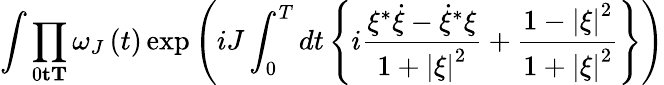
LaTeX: \int{\prod_{0\le t\le T}{\omega_{J}\left(t\right)}\exp\left({iJ\int_{0}^{T}{dt\left\{ {i{\frac{\xi^{*}\dot{\xi}-{\dot{\xi}}^{*}\xi}{1+\left|\xi\right|^{2}}}+{\frac{1-\left|\xi\right|^{2}}{1+\left|\xi\right|^{2}}}}\right\} }}\right)}